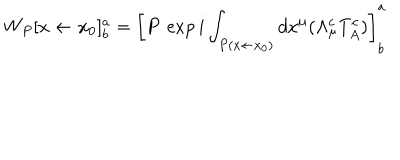
W _ { P } [ x \leftarrow x _ { 0 } ] _ { b } ^ { a } = \left[ P \: \exp i \int _ { P ( x \leftarrow x _ { 0 } ) } d x ^ { \mu } ( \Lambda _ { \mu } ^ { c } T _ { A } ^ { c } ) \right] _ { b } ^ { a }